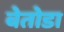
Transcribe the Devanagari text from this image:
बेतोडा